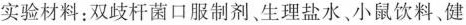
实验材料：双歧杆菌口服制剂、生理盐水、小鼠饮料、健